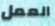
العمل